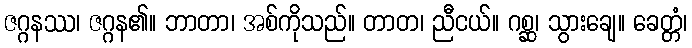
ဇဂ္ဂနဿ၊ ဇဂ္ဂန၏။ ဘာတာ၊ အစ်ကိုသည်။ တာတ၊ ညီငယ်။ ဂစ္ဆ၊ သွားချေ။ ခေတ္တံ၊